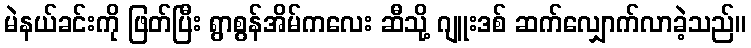
မဲနယ်ခင်းကို ဖြတ်ပြီး ရွာစွန်အိမ်ကလေး ဆီသို့ ဂျူးဒစ် ဆက်လျှောက်လာခဲ့သည်။